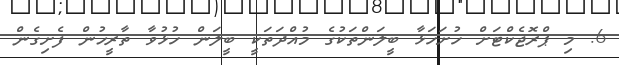
6. މި ޕްރޮޖެކްޓަށް ހުށަހަޅާ ބީލަންތަކުގެ މުއްދަތަކީ ބީލަން ހުޅުވާ ތާރީޚުން ފެށިގެން